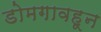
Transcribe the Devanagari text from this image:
डोमगावहून